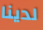
لدينا